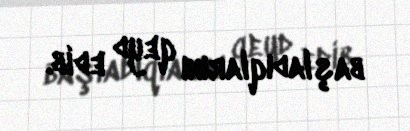
başladıqlarını qeyd edib.